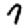
Digit: 7